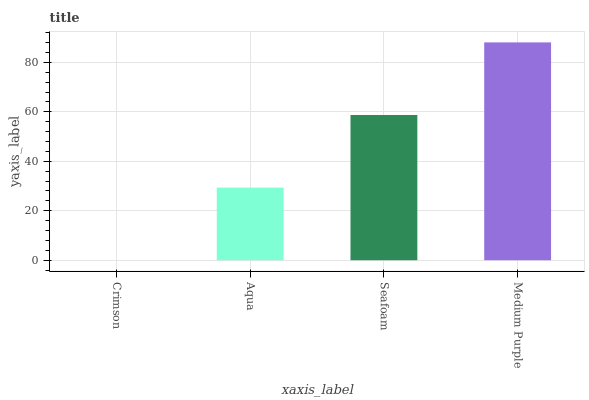
| xaxis_label | bars |
 | --- | --- |
 | Crimson | 0 |
 | Aqua | 29.4 |
 | Seafoam | 58.7 |
 | Medium Purple | 88.1 |